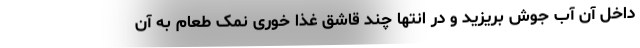
داخل آن آب جوش بریزید و در انتها چند قاشق غذا خوری نمک طعام به آن